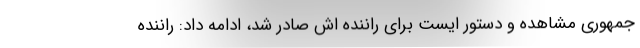
جمهوری مشاهده و دستور ایست برای راننده اش صادر شد، ادامه داد: راننده